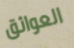
العوائق